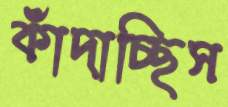
কাঁদাচ্ছিস